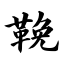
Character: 鞔